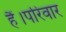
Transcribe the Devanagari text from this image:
हैं।परिवार